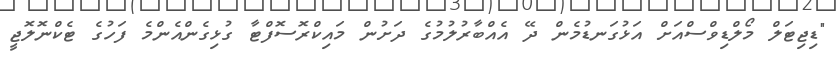
"ޑިޖިޓަލް މޯލްޑިވްސްއަށް އަޅުގަނޑުމެން ދޭ އެއްބާރުލުމުގެ ދަށުން މައިކްރޮސޮފްޓާ ގުޅިގެންއެންމެ ފަހުގެ ޓެކްނޮލޮޖީ